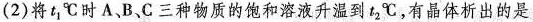
(2)将t_{1}℃时A、B、C三种物质的饱和溶液升温到t_{2}℃，有晶体析出的是